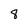
Character: 8